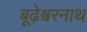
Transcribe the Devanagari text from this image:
बूढ़ेश्वरनाथ